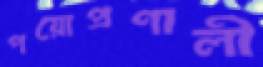
পয়োপ্রণালী